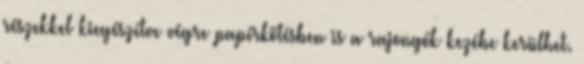
részekkel kiegészítve végre papírkötésben is a rajongók kezébe kerülhet.